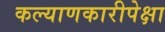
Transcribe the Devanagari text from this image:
कल्याणकारीपेक्षा